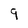
Character: 9